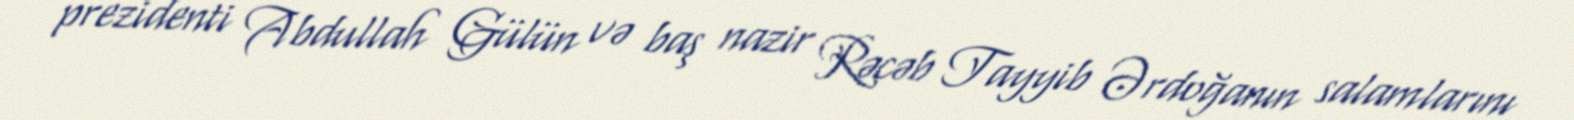
prezidenti Abdullah Gülün və baş nazir Rəcəb Tayyib Ərdoğanın salamlarını